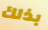
بذلك